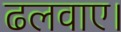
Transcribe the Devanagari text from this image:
ढलवाए।